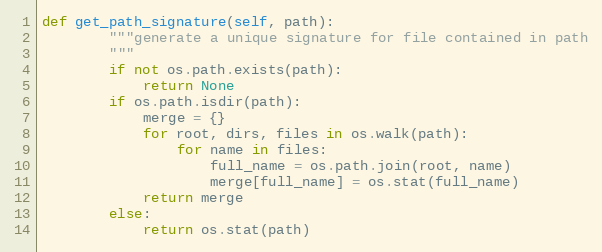
Language: Python
def get_path_signature(self, path):
        """generate a unique signature for file contained in path
        """
        if not os.path.exists(path):
            return None
        if os.path.isdir(path):
            merge = {}
            for root, dirs, files in os.walk(path):
                for name in files:
                    full_name = os.path.join(root, name)
                    merge[full_name] = os.stat(full_name)
            return merge
        else:
            return os.stat(path)